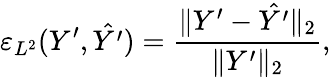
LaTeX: \varepsilon_{L^{2}}(Y^{\prime},\hat{Y^{\prime}})=\frac{\| Y^{\prime}-\hat{Y^{\prime}}\| _{2}}{\| Y^{\prime}\| _{2}},